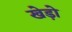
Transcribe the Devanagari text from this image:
खेड़ो